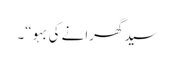
سید گھرانے کی بہو“۔